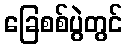
ခြေစစ်ပွဲတွင်